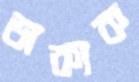
ডাকাক